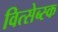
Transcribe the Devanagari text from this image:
वित्सेब्स्क